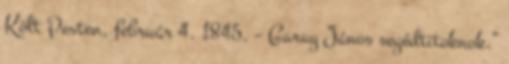
Költ Pesten, február 4. 1845. – Garay János segédtitoknok.”